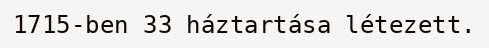
1715-ben 33 háztartása létezett.